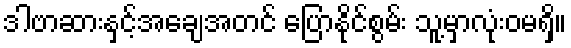
ဒါဗာဆားနှင့်အချေအတင် ပြောနိုင်စွမ်း သူ့မှာလုံးဝမရှိ။